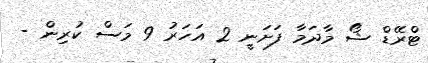
ޓްރޭޑް ޝޯ މާދަމާ ފަށަނީ 2 އަހަރު 9 މަސް ކުރިން -